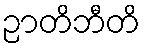
ဉာတိဘီတိ